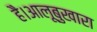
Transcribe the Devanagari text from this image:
है।आलूबुखारा